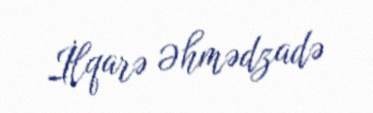
İlqarə Əhmədzadə